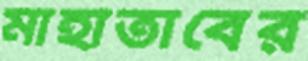
মাহাতাবের